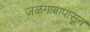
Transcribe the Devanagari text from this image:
जळगावापासून